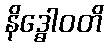
နိဒ္ဓေါဝတိ